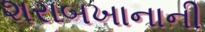
શરાબખાનાની